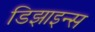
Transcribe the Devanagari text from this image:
डिझाइन्स